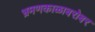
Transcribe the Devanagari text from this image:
भ्रमणकाळाबरोबर